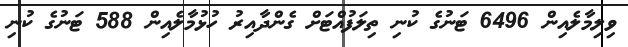
ވިލިމާލެއިން 6496 ޓަނުގެ ކުނި ތިލަފުއްޓަށް ގެންދާއިރު ހުޅުމާލެއިން 588 ޓަނުގެ ކުނި